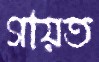
গায়ত